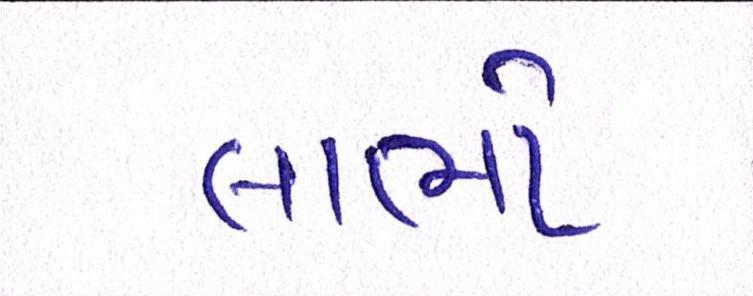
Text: લાભો